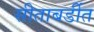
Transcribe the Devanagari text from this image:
सीताबर्डीत